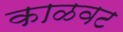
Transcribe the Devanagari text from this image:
काळवट